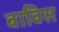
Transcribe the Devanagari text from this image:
बाविस